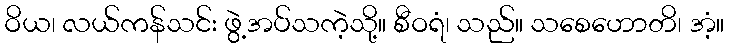
ဝိယ၊ လယ်ကန်သင်း ဖွဲ့အပ်သကဲ့သို့။ စီဝရံ၊ သည်။ သစေဟောတိ၊ အံ့။